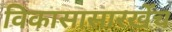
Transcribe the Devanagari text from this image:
विकासासारखेंच